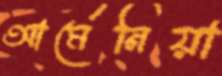
আর্মেনিয়া